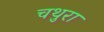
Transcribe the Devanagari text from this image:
चथुरा